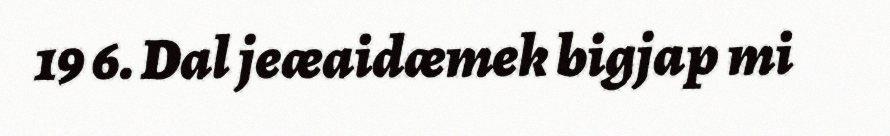
19 6. Dal jeæaidæmek bigjap mi